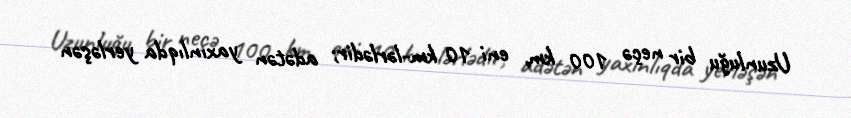
Uzunluğu bir neçə 100 km, eni 10 km-lərlədir; adətən yaxınlıqda yerləşən